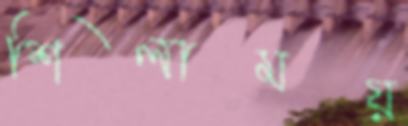
শিলাময়